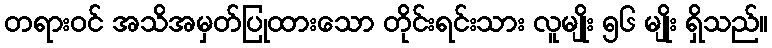
တရားဝင် အသိအမှတ်ပြုထားသော တိုင်းရင်းသား လူမျိုး ၅၆ မျိုး ရှိသည်။